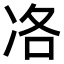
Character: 𠗂